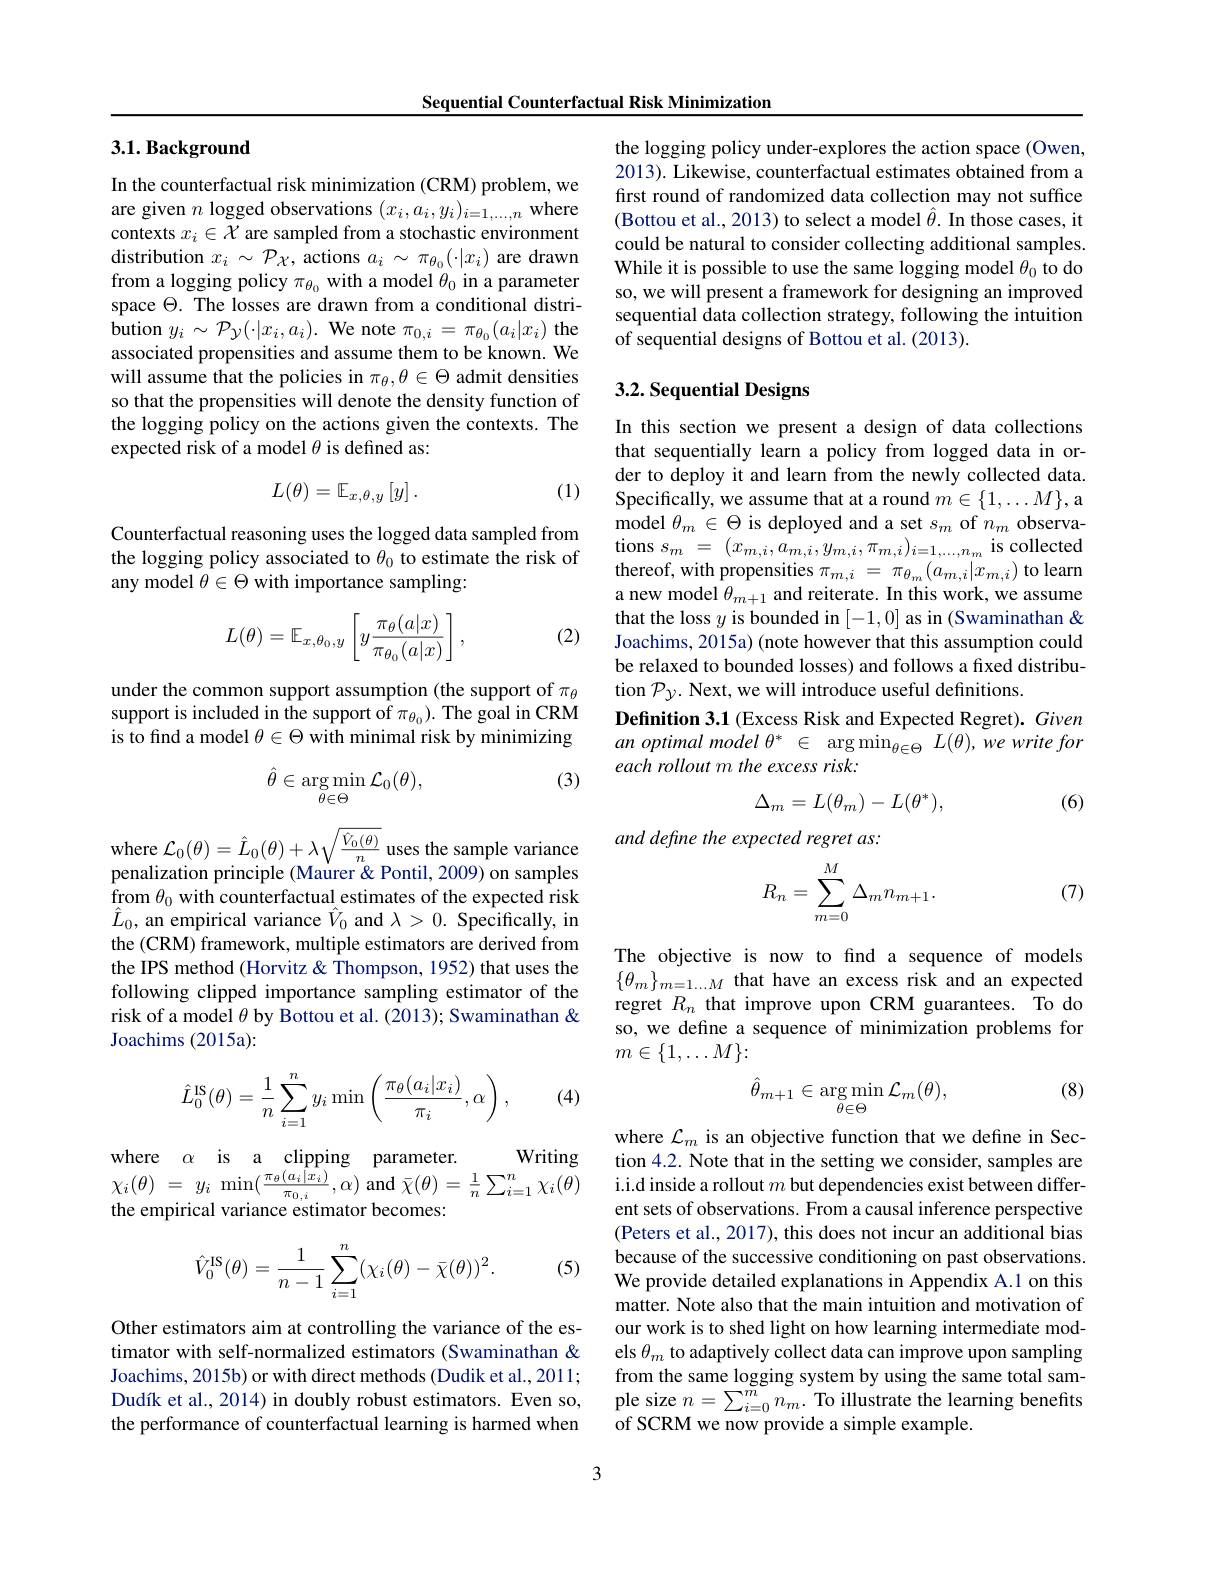
Sequential Counterfactual Risk Minimization

## 3.1. Background

In the counterfactual risk minimization (CRM) problem, we are given $n$ logged observations $(x_i,a_i,y_i)_{i=1,\ldots,n}$ where contexts $x_i\in\mathcal{X}$ are sampled from a stochastic environment distribution $x_i\sim\mathcal{P}_{\mathcal{X}}$, actions $a_i\sim\pi_{\theta_0}(\cdot|x_i)$ are drawn from a logging policy $\pi_{\theta_0}$ with a model $\theta_0$ in a parameter space $\Theta.$ The losses are drawn from a conditional distribution $y_i\sim\mathcal{P}_{\mathcal{Y}}(\cdot|x_{i},a_{i}).$ We note $\pi_{0,i}=\pi_{\theta_{0}}(a_{i}|x_{i})$ the associated propensities and assume them to be known. We will assume that the policies in $\pi_\theta,\theta\in\Theta$ admit densities so that the propensities will denote the density function of the logging policy on the actions given the contexts. The expected risk of a model $\theta$ is defined as:
$$L(\theta)=\mathbb{E}_{x,\theta,y}\left[y\right].$$
(1)

Counterfactual reasoning uses the logged data sampled from the logging policy associated to $\theta_0$ to estimate the risk of any model $\theta\in\Theta$ with importance sampling:

(2)
$$L(\theta)=\mathbb{E}_{x,\theta_0,y}\left[y\frac{\pi_\theta(a|x)}{\pi_{\theta_0}(a|x)}\right],$$
under the common support assumption (the support of $\pi_\theta$ support is included in the support of $\pi_{\theta_0}).$ The goal in CRM is to find a model $\theta\in\Theta$ with minimal risk by minimizing

(3)
$$\hat{\theta}\in\underset{\theta\in\Theta}{\arg\min}\mathcal{L}_{0}(\theta),$$
$\begin{array}{l}\mathrm{where~}\mathcal{L}_0(\theta)=\hat{L}_0(\theta)+\lambda\sqrt{\frac{V_0(\theta)}n}\text{uses the sample variance}\\\mathrm{penalization~principle~(Maurer~ Pontil,~2009)~on~samples}\end{array}$ from $\theta_0$ with counterfactual estimates of the expected risk $\hat{L}_0$, an empirical variance $\hat{V}_0$ and $\lambda>0.$ Specifically, in the (CRM) framework, multiple estimators are derived from the IPS method (Horvitz & Thompson, 1952) that uses the following clipped importance sampling estimator of the risk of a model $\theta$ by Bottou et al. (2013); Swaminathan & Joachims (2015a):

(4)
$$\hat{L}_0^{\mathrm{IS}}(\theta)=\dfrac{1}{n}\sum_{i=1}^ny_i\min\left(\dfrac{\pi_\theta(a_i|x_i)}{\pi_i},\alpha\right),$$
Writing
where $\alpha$ is a clipping parameter.
$\chi _{i}( \theta ) =$ $y_{i}$ $\min ( \frac {\pi _{\theta }( a_{i}| x_{i}) }{\pi _{0, i}}, \alpha )$ and $\bar{\chi } ( \theta ) = \frac 1n\sum _{i= 1}^{n}\chi _{i}( \theta )$ i. i. d inside a rollout $m$ but dependencies exist between differ-
the empirical variance estimator becomes:

(5)
$$\hat{V}_{0}^{\mathrm{IS}}(\theta)=\frac{1}{n-1}\sum_{i=1}^{n}(\chi_{i}(\theta)-\bar{\chi}(\theta))^{2}.$$
Other estimators aim at controlling the variance of the estimator with self-normalized estimators (Swaminathan & Joachims, 2015b) or with direct methods (Dudik et al., 2011; Dudík et al., 2014) in doubly robust estimators. Even so, the performance of counterfactual learning is harmed when

the logging policy under-explores the action space (Owen, 2013). Likewise, counterfactual estimates obtained from a first round of randomized data collection may not suffice (Bottou et al., 2013) to select a model $\hat{\theta}.$ In those cases, it could be natural to consider collecting additional samples. While it is possible to use the same logging model $\theta_0$ to do so, we will present a framework for designing an improved sequential data collection strategy, following the intuition of sequential designs of Bottou et al. (2013).

# 3.2. Sequential Designs

In this section we present a design of data collections that sequentially learn a policy from logged data in order to deploy it and learn from the newly collected data. Specifically, we assume that at a round $m\in\{1,\ldots M\}$,a model $\theta_m\in\Theta$ is deployed and a set $s_m$ of $n_m$ observa- $\begin{array}{rcl}{\mathrm{tions~}s_{m}}&{=}&{(x_{m,i},a_{m,i},y_{m,i},\pi_{m,i})_{i=1,\ldots,n_{m}}}&{\mathrm{is~collected}}\\{\mathrm{tions~}s_{m}}&{=}&{(x_{m,i},a_{m,i},y_{m,i},\pi_{m,i})_{i=1,\ldots,n_{m}}}&{\mathrm{is~collected}}\end{array}$ thereof, with propensities $\pi_{m,i}=\pi_{\theta_{m}}(a_{m,i}|x_{m,i})$ to learn a new model $\theta_{m+1}$ and reiterate. In this work, we assume that the loss $y$ is bounded in [-1,0] as in (Swaminathan & Joachims, 2015a) (note however that this assumption could be relaxed to bounded losses) and follows a fixed distribution $\mathcal{P}_{y.\text{ Next, we will introduce useful definitions.}}$
Definition 3.1 (Excess Risk and Expected Regret). Given an optimal model $\theta^*~\in~\arg\min_{\theta\in\Theta}~L(\theta),we~write~for$ each rollout m the excess risk:
$$\Delta_m=L(\theta_m)-L(\theta^*),$$
(6)

and define the expected regret as:
$$R_n=\sum_{m=0}^M\Delta_mn_{m+1}.$$
(7)

The objective is now to find a sequence of models $\{\theta_m\}_{m=1\ldots M}$ that have an excess risk and an expected regret $R_n$ that improve upon CRM guarantees. To do so, we define a sequence of minimization problems for $m\in\{1,\ldots M\}\colon$

(8)
$$\hat{\theta}_{m+1}\in\arg\min_{\theta\in\Theta}\mathcal{L}_{m}(\theta),$$
where $\mathcal{L}_m$ is an objective function that we define in Section 4.2. Note that in the setting we consider, samples are ent sets of observations. From a causal inference perspective (Peters et al., 2017), this does not incur an additional bias because of the successive conditioning on past observations. We provide detailed explanations in Appendix A.1 on this matter. Note also that the main intuition and motivation of our work is to shed light on how learning intermediate models $\theta_m$ to adaptively collect data can improve upon sampling from the same logging system by using the same total sample size $n=\sum_i=0^mn_m.$ To illustrate the learning benefits of SCRM we now provide a simple example.

3